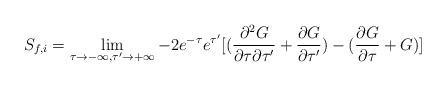
LaTeX: \begin{align*}S_{f,i}=\lim_{\tau \rightarrow -\infty,\tau' \rightarrow +\infty}-{2e^{- \tau}e^{\tau'}}[(\frac{\partial^2 G}{\partial \tau \partial \tau'} +\frac{\partial G}{\partial \tau'})-(\frac {\partial G}{\partial \tau} + G)]\end{align*}